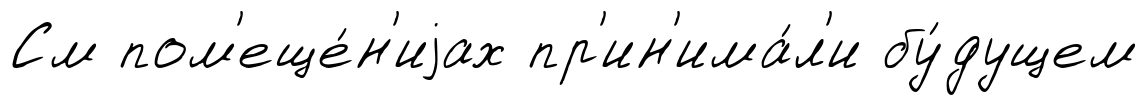
См пом'еще́н'иjах пр'ин'има́л'и бу́дущем